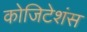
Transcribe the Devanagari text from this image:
कोजिटेशंस